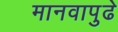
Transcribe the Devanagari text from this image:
मानवापुढे